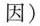
因)